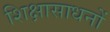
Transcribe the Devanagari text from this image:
शिक्षासाधनों